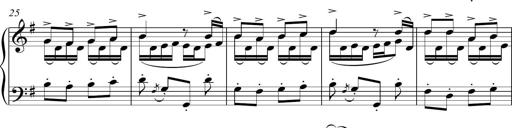
Title: Sonatina del HuÃ©car
Composer: JosÃ© Miguel Moreno Sabio